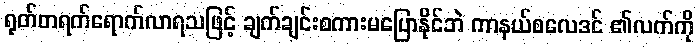
ရုတ်တရက်ရောက်လာရသဖြင့် ချက်ချင်းစကားမပြောနိုင်ဘဲ ကာနယ်စလေဒင် ၏လက်ကို